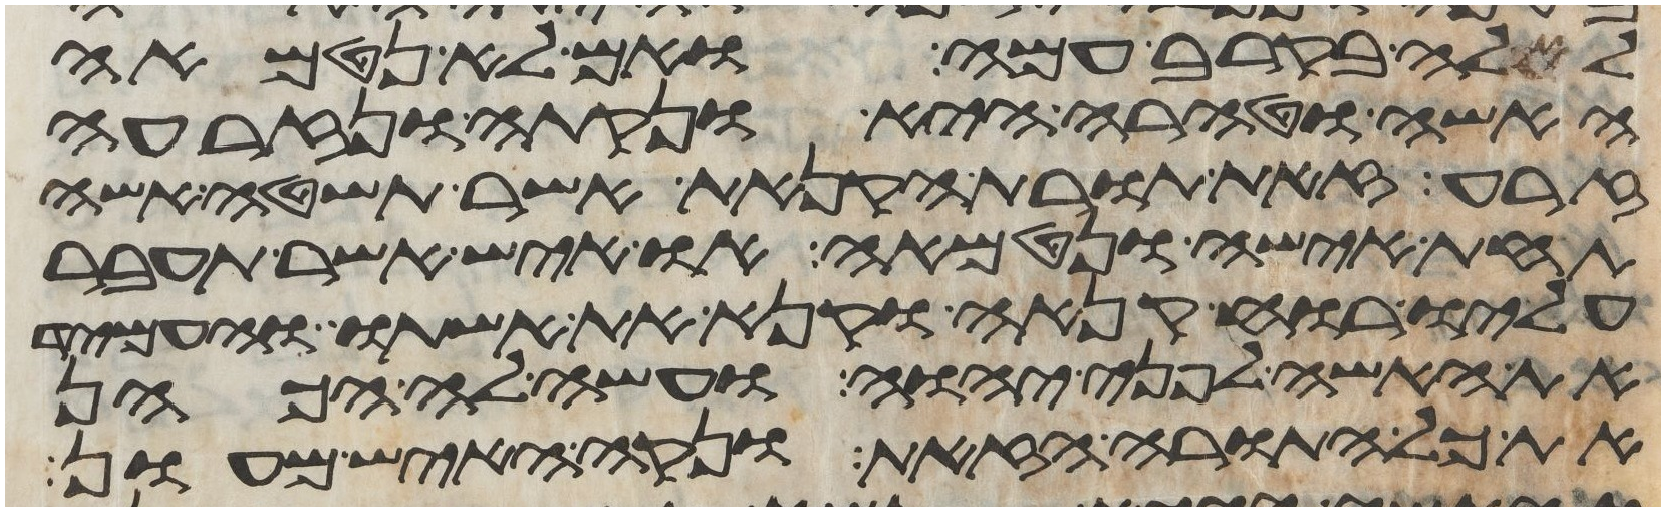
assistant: לאלה בקרב עמה ואם לא נטמאה
האשה וטהרה היא ונקתה ונזרעה
זרע זאת תורת הקנאת אשר תשטה אשה
תחת אישה ונטמאה או איש אשר תעבר
עליו רוח קנאה וקנא את אשתו והעמיד
את האשה לפני יהוה ועשה לה הכהן
את כל התורה הזאת ונקה האיש מעון